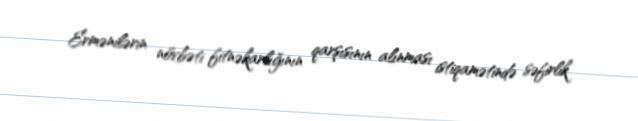
Ermənilərin növbəti fitnəkarlığının qarşısının alınması istiqamətində səfirlik